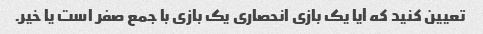
تعیین کنید که آیا یک بازی انحصاری یک بازی با جمع صفر است یا خیر.